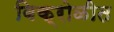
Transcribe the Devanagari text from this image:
विक्रोळीत